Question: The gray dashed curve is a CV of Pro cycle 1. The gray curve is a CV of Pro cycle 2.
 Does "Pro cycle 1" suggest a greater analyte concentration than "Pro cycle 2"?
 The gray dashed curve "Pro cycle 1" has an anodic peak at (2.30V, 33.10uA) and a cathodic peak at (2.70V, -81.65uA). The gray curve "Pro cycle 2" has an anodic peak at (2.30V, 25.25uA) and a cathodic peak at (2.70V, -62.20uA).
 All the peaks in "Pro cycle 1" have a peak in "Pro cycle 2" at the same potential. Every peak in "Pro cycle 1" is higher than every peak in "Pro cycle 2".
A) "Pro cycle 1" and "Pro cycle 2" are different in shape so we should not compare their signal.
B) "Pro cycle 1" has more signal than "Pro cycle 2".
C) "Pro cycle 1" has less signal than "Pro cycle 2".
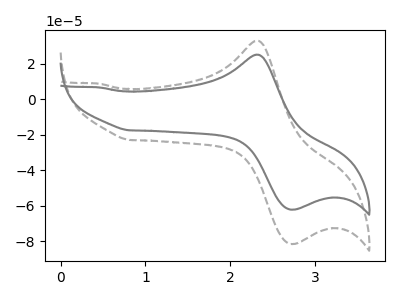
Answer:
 <answer>B) "Pro cycle 1" has more signal than "Pro cycle 2".</answer>
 <eval>B</eval>